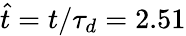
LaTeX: \hat{t}=t/\tau_{d}=2.51